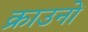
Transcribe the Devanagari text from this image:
क्राउनों